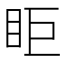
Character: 𥄷